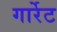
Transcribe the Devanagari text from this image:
गार्रेट